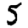
Digit: 5